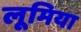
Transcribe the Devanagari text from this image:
लूमिया